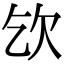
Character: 𣢆